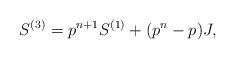
LaTeX: \begin{align*} S^{(3)} = p^{n+1} S^{(1)} + (p^n - p) J , \end{align*}